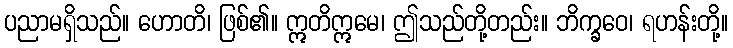
ပညာမရှိသည်။ ဟောတိ၊ ဖြစ်၏။ ဣတိဣမေ၊ ဤသည်တို့တည်း။ ဘိက္ခဝေ၊ ရဟန်းတို့။